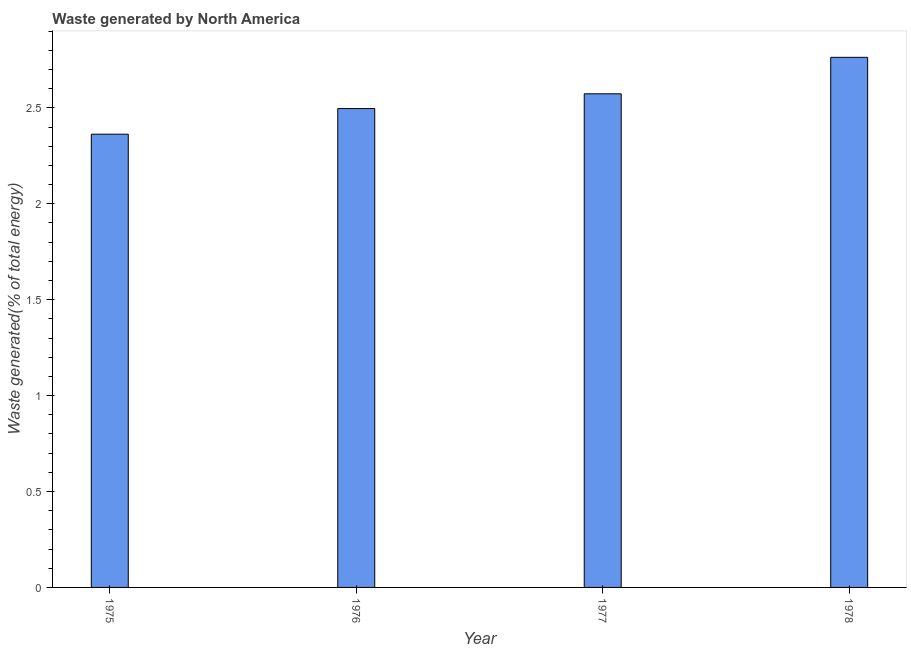
| Year | Combustible renewables and waste (% of total energy) |
 | --- | --- |
 | 1975 | 2.36 |
 | 1976 | 2.5 |
 | 1977 | 2.57 |
 | 1978 | 2.76 |